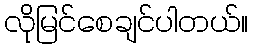
လိုမြင်စေချင်ပါတယ်။